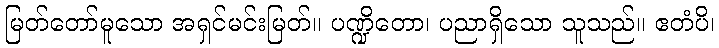
မြတ်တော်မူသော အရှင်မင်းမြတ်။ ပဏ္ဍိတော၊ ပညာရှိသော သူသည်။ ဧတံပိ၊